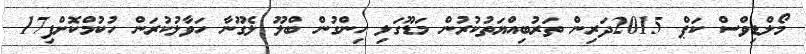
މޯލްޑިވްސް ކަޕް 2015ދަރިން ތަރުބިއްޔަތުކުރުން މަޑޫގަލި ހިންގުން ބްލޫ ލެގޫނާ ހަވާލުކުރަން ހުކުމްކޮށްފި17